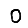
Digit: 0